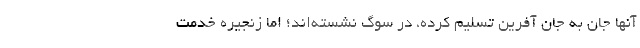
آنها جان به جان آفرین تسلیم کرده، در سوگ نشسته‌اند؛ اما زنجیره خدمت